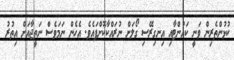
ކުޅުންތެރިން ވަނީ ކައުންޓާއި އިނގިރޭސި ގޯލަށް ނުރައްކާކޮށްފައެވެ. އެހެން ނަމަވެސް ނަތީޖާއަށް އިތުރު